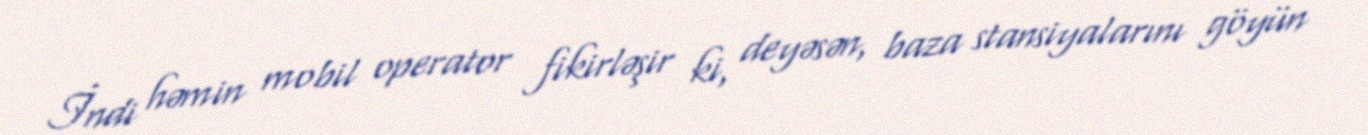
İndi həmin mobil operator fikirləşir ki, deyəsən, baza stansiyalarını göyün